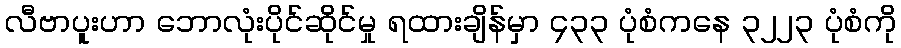
လီဗာပူးဟာ ဘောလုံးပိုင်ဆိုင်မှု ရထားချိန်မှာ ၄၃၃ ပုံစံကနေ ၃၂၂၃ ပုံစံကို